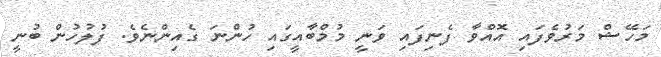
މަހޭޝް މަރުވެފައި އޮއްވާ ފެނިފައި ވަނީ މުމްބާއީގައި ހުންނަ ގެއިންނެވެ. ފުލުހުން ބުނީ